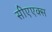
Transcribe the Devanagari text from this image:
सीएएक्स